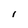
Character: I